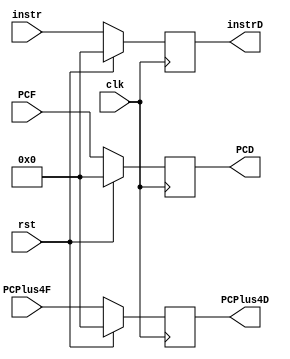
`timescale 1ns / 1ps
//////////////////////////////////////////////////////////////////////////////////
// Company: 
// Engineer: 
// 
// Design Name: 
// Module Name: register_fetch
// Project Name: 
// Target Devices: 
// Tool Versions: 
// Description: 
// 
// Dependencies: 
// 
// Revision:
// Revision 0.01 - File Created
// Additional Comments:
// 
//////////////////////////////////////////////////////////////////////////////////

module register_fetch (
  input      clk, 
  input      rst,
  input      [31:0] instr, 
  input      [31:0] PCF, 
  input      [31:0] PCPlus4F,
  output reg [31:0] instrD, 
  output reg [31:0] PCD, 
  output reg [31:0] PCPlus4D
);
  
  always @(posedge clk)
    begin 
      if (rst)
        begin
          instrD <= 0;
          PCD <= 0;
          PCPlus4D <= 0;
        end
      else
        begin
          instrD <= instr;
          PCD <= PCF;
          PCPlus4D <= PCPlus4F;
        end
      
    end
    endmodule